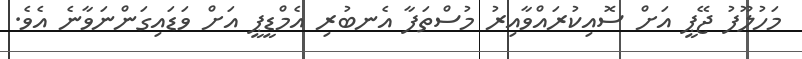
މަހުލޫފު ޖޭޕީ އަށް ސޮއިކުރައްވާއިރު މުސްތަފާ އެނބުރި އެމްޑީޕީ އަށް ވަޑައިގަންނަވާނެ އެވެ.